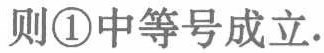
则\textcircled{1}中等号成立.